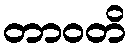
တာဝတိ